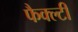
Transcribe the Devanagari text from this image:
फैक्ल्टी